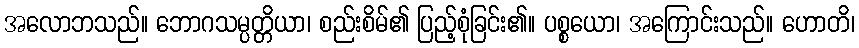
အလောဘသည်။ ဘောဂသမ္ပတ္တိယာ၊ စည်းစိမ်၏ ပြည့်စုံခြင်း၏။ ပစ္စယော၊ အကြောင်းသည်။ ဟောတိ၊